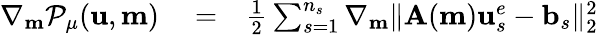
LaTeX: \begin{array}{rlr}{\nabla_{\mathbf{m}}\mathcal{P}_{\mu}(\mathbf{u},\mathbf{m})}&{{}=}&{\frac{1}{2}\sum_{s=1}^{n_{s}}\nabla_{\mathbf{m}}\| \mathbf{A}(\mathbf{m})\mathbf{u}_{s}^{e}-\mathbf{b}_{s}\| _{2}^{2}}\end{array}